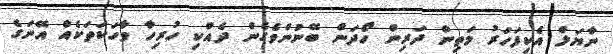
ނާޔަލް އެކިފަހަރު މަތިން ދަރިން ހޯދަން ބޭނުންވެގެން ދެއްކި ހުރިހާ ވާހަކަތަކެއް އޭނަގެ